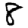
Digit: 8